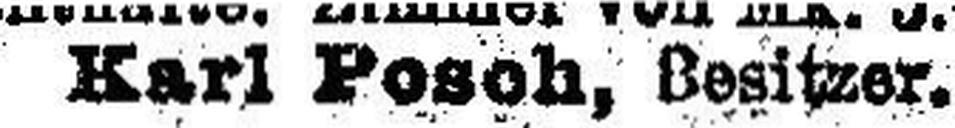
Kart Posch, Besitzer.